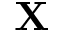
\mathbf { X }